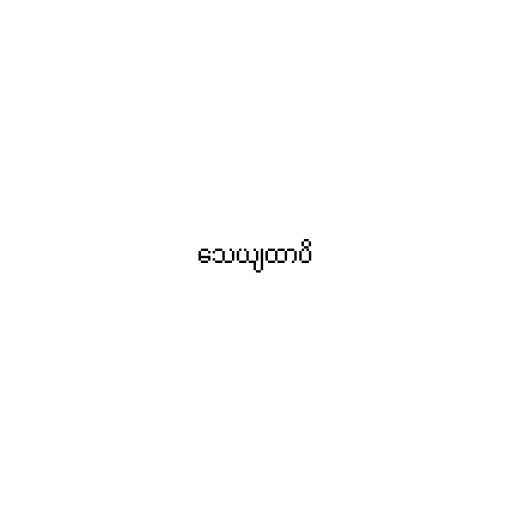
သေယျထာပိ